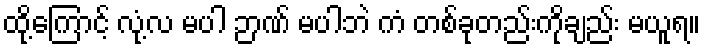
ထို့ကြောင့် လုံ့လ မပါ ဉာဏ် မပါဘဲ ကံ တစ်ခုတည်းကိုချည်း မယူရ။